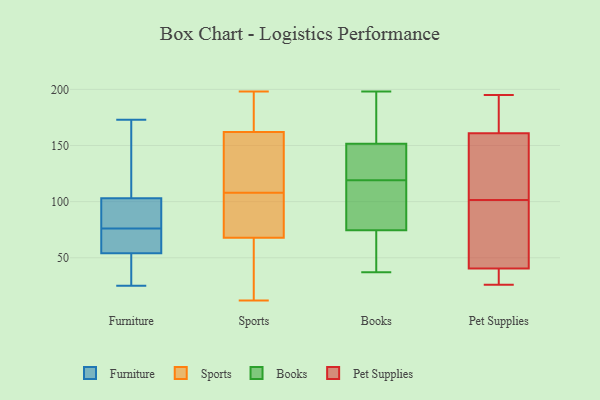
{"axis": {"x": "Budget (USD K)", "y": "Value"}, "legend": ["Books", "Furniture", "Pet Supplies", "Sports"], "data": [{"x": "", "y": 173, "type": "Furniture"}, {"x": "", "y": 75, "type": "Furniture"}, {"x": "", "y": 86, "type": "Furniture"}, {"x": "", "y": 113, "type": "Furniture"}, {"x": "", "y": 103, "type": "Furniture"}, {"x": "", "y": 54, "type": "Furniture"}, {"x": "", "y": 57, "type": "Furniture"}, {"x": "", "y": 55, "type": "Furniture"}, {"x": "", "y": 77, "type": "Furniture"}, {"x": "", "y": 26, "type": "Furniture"}, {"x": "", "y": 49, "type": "Furniture"}, {"x": "", "y": 99, "type": "Furniture"}, {"x": "", "y": 25, "type": "Furniture"}, {"x": "", "y": 172, "type": "Furniture"}, {"x": "", "y": 125, "type": "Sports"}, {"x": "", "y": 162, "type": "Sports"}, {"x": "", "y": 162, "type": "Sports"}, {"x": "", "y": 75, "type": "Sports"}, {"x": "", "y": 79, "type": "Sports"}, {"x": "", "y": 26, "type": "Sports"}, {"x": "", "y": 102, "type": "Sports"}, {"x": "", "y": 198, "type": "Sports"}, {"x": "", "y": 12, "type": "Sports"}, {"x": "", "y": 108, "type": "Sports"}, {"x": "", "y": 18, "type": "Sports"}, {"x": "", "y": 121, "type": "Sports"}, {"x": "", "y": 163, "type": "Sports"}, {"x": "", "y": 197, "type": "Sports"}, {"x": "", "y": 46, "type": "Sports"}, {"x": "", "y": 152, "type": "Sports"}, {"x": "", "y": 85, "type": "Sports"}, {"x": "", "y": 158, "type": "Books"}, {"x": "", "y": 102, "type": "Books"}, {"x": "", "y": 60, "type": "Books"}, {"x": "", "y": 198, "type": "Books"}, {"x": "", "y": 129, "type": "Books"}, {"x": "", "y": 82, "type": "Books"}, {"x": "", "y": 37, "type": "Books"}, {"x": "", "y": 116, "type": "Books"}, {"x": "", "y": 118, "type": "Books"}, {"x": "", "y": 187, "type": "Books"}, {"x": "", "y": 140, "type": "Books"}, {"x": "", "y": 132, "type": "Books"}, {"x": "", "y": 174, "type": "Books"}, {"x": "", "y": 47, "type": "Books"}, {"x": "", "y": 94, "type": "Books"}, {"x": "", "y": 67, "type": "Books"}, {"x": "", "y": 120, "type": "Books"}, {"x": "", "y": 178, "type": "Books"}, {"x": "", "y": 145, "type": "Books"}, {"x": "", "y": 45, "type": "Books"}, {"x": "", "y": 191, "type": "Pet Supplies"}, {"x": "", "y": 26, "type": "Pet Supplies"}, {"x": "", "y": 163, "type": "Pet Supplies"}, {"x": "", "y": 42, "type": "Pet Supplies"}, {"x": "", "y": 101, "type": "Pet Supplies"}, {"x": "", "y": 102, "type": "Pet Supplies"}, {"x": "", "y": 39, "type": "Pet Supplies"}, {"x": "", "y": 26, "type": "Pet Supplies"}, {"x": "", "y": 89, "type": "Pet Supplies"}, {"x": "", "y": 192, "type": "Pet Supplies"}, {"x": "", "y": 195, "type": "Pet Supplies"}, {"x": "", "y": 159, "type": "Pet Supplies"}, {"x": "", "y": 121, "type": "Pet Supplies"}, {"x": "", "y": 39, "type": "Pet Supplies"}, {"x": "", "y": 67, "type": "Pet Supplies"}, {"x": "", "y": 138, "type": "Pet Supplies"}]}